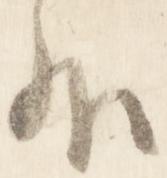
外